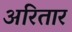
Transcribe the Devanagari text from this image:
अरितार